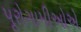
પૂરોગામીઓએ